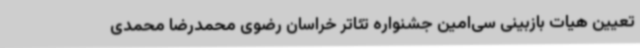
تعیین هیات بازبینی سی‌امین جشنواره تئاتر خراسان رضوی محمدرضا محمدی